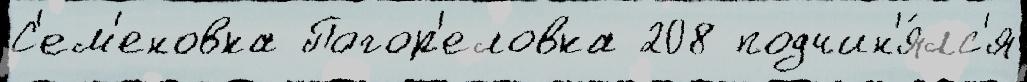
С'ем'еновка Погор'еловка 208 подчин'я́лс'я